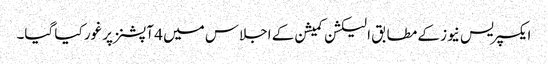
ایکسپریس نیوز کے مطابق الیکشن کمیشن کے اجلاس میں 4 آپشنز پر غور کیا گیا۔